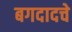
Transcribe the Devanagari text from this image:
बगदादचे